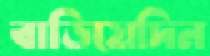
বাড়িয়েদিন